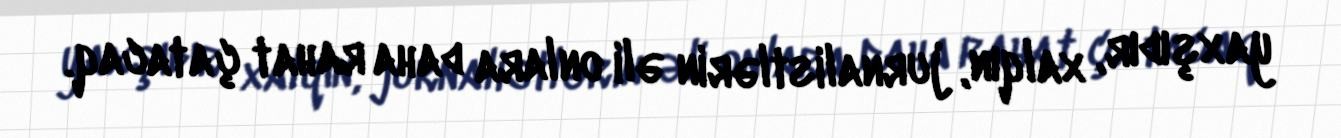
yaxşıdır, xalqın, jurnalistlərin əli onlara daha rahat çatacaq.